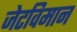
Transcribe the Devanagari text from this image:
जेटविमान